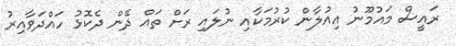
ރައީސް މައުމޫނު އިއުލާން ކުރުމަކާއި ނުލައި ރަށް ތައް ދޭން ދެކޮޅު ހައްދަވާއިރު